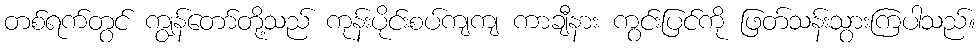
တစ်ရက်တွင် ကျွန်တော်တို့သည် ကုန်းပိုင်းစပ်ကျကျ ကာချီနား ကွင်းပြင်ကို ဖြတ်သန်းသွားကြပါသည်။